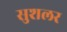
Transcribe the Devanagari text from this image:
सुशलर